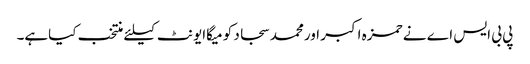
پی بی ایس اے نے حمزہ اکبر اورمحمد سجاد کو میگاایونٹ کیلئے منتخب کیاہے۔